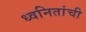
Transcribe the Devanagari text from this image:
ध्वनितांची